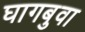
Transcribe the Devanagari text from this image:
घागबुवा